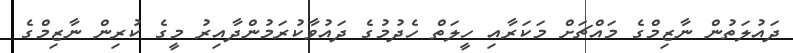
ދައުލަތުން ނާޒިމްގެ މައްޗަށް މަކަރާއި ހީލަތް ހެދުމުގެ ދައުވާކުރަމުންދާއިރު މީގެ ކުރިން ނާޒިމްގެ